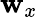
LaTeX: \mathbf{w}_{x}